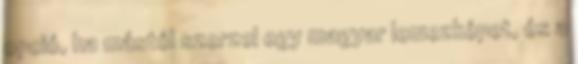
opció, ha mástól szerzel egy magyar lemezképet, és a